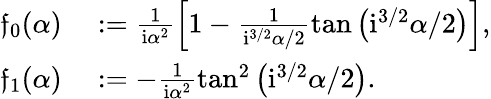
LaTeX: \begin{array}{rl}{\mathfrak{f}_{0}({\alpha})}&{{}:=\frac{1}{\mathrm{i}\alpha^{2}}\left[1-\frac{1}{\mathrm{i}^{3/2}{\alpha}/2}\tan\big(\mathrm{i}^{3/2}{\alpha}/2\big)\right],}\\ {\mathfrak{f}_{1}({\alpha})}&{{}:=-\frac{1}{\mathrm{i}\alpha^{2}}\tan^{2}\big(\mathrm{i}^{3/2}{\alpha}/2\big).}\end{array}